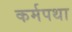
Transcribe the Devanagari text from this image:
कर्मपथा